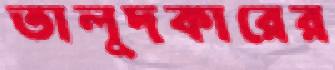
তালুদকারের